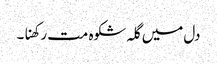
دل میں گلہ شکوہ مت رکھنا۔